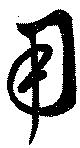
用